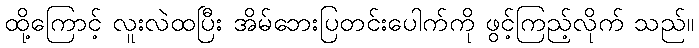
ထို့ကြောင့် လူးလဲထပြီး အိမ်ဘေးပြတင်းပေါက်ကို ဖွင့်ကြည့်လိုက် သည်။